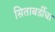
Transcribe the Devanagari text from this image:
सिताबर्डीचा